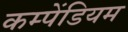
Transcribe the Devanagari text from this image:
कम्पेंडियम